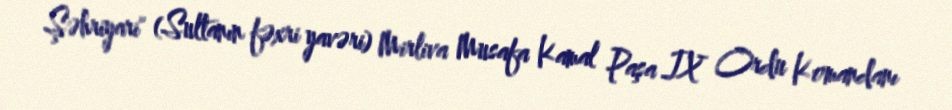
Şəhriyari" (Sultanın fəxri yavəri) Mirliva Musafa Kamal Paşa IX Ordu Komandanı